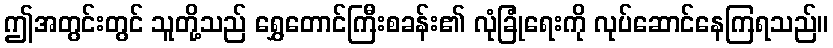
ဤအတွင်းတွင် သူတို့သည် ရွှေတောင်ကြီးစခန်း၏ လုံခြုံရေးကို လုပ်ဆောင်နေကြရသည်။